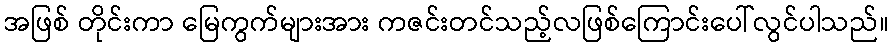
အဖြစ် တိုင်းကာ မြေကွက်များအား ကဇင်းတင်သည့်လဖြစ်ကြောင်းပေါ်လွင်ပါသည်။